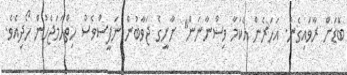
ބޮޑަށް ރާވައިގެން. އަހަރެން އެކަމާ ވިސްނާނަން" ށާށީގެ ޖަވާބުން ނަފީސްވެސް ހިތްހަމަޖެހުން ހޯދިއެވެ.